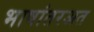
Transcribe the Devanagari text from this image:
भाषांतरअत